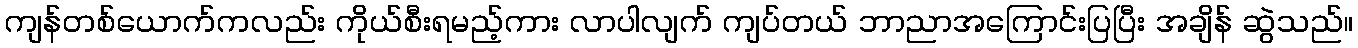
ကျန်တစ်ယောက်ကလည်း ကိုယ်စီးရမည့်ကား လာပါလျက် ကျပ်တယ် ဘာညာအကြောင်းပြပြီး အချိန် ဆွဲသည်။